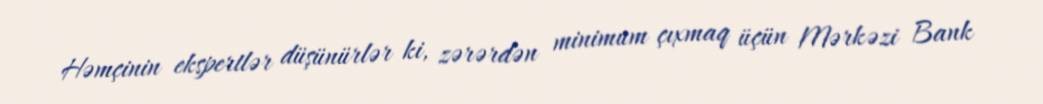
Həmçinin ekspertlər düşünürlər ki, zərərdən minimum çıxmaq üçün Mərkəzi Bank